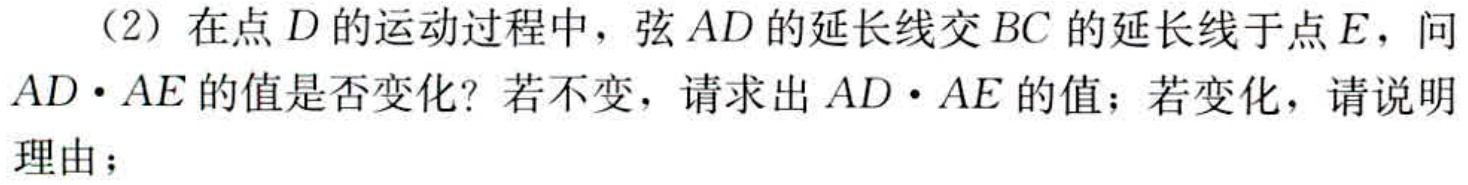
（2）在点\(D\)的运动过程中，弦\(AD\)的延长线交\(BC\)的延长线于点\(E\)，问\(AD\cdot AE\)的值是否变化？若不变，请求出\(AD\cdot AE\)的值；若变化，请说明理由；